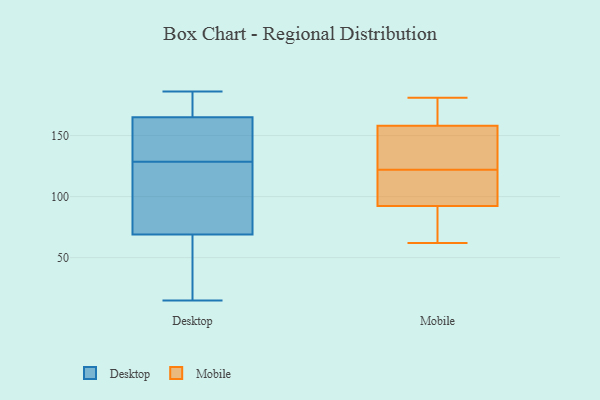
{"axis": {"x": "Page Views", "y": "Value"}, "legend": ["Desktop", "Mobile"], "data": [{"x": "", "y": 46, "type": "Desktop"}, {"x": "", "y": 186, "type": "Desktop"}, {"x": "", "y": 182, "type": "Desktop"}, {"x": "", "y": 114, "type": "Desktop"}, {"x": "", "y": 122, "type": "Desktop"}, {"x": "", "y": 69, "type": "Desktop"}, {"x": "", "y": 180, "type": "Desktop"}, {"x": "", "y": 163, "type": "Desktop"}, {"x": "", "y": 15, "type": "Desktop"}, {"x": "", "y": 127, "type": "Desktop"}, {"x": "", "y": 130, "type": "Desktop"}, {"x": "", "y": 165, "type": "Desktop"}, {"x": "", "y": 116, "type": "Desktop"}, {"x": "", "y": 26, "type": "Desktop"}, {"x": "", "y": 168, "type": "Desktop"}, {"x": "", "y": 157, "type": "Desktop"}, {"x": "", "y": 155, "type": "Desktop"}, {"x": "", "y": 32, "type": "Desktop"}, {"x": "", "y": 104, "type": "Mobile"}, {"x": "", "y": 152, "type": "Mobile"}, {"x": "", "y": 181, "type": "Mobile"}, {"x": "", "y": 62, "type": "Mobile"}, {"x": "", "y": 181, "type": "Mobile"}, {"x": "", "y": 141, "type": "Mobile"}, {"x": "", "y": 122, "type": "Mobile"}, {"x": "", "y": 176, "type": "Mobile"}, {"x": "", "y": 101, "type": "Mobile"}, {"x": "", "y": 131, "type": "Mobile"}, {"x": "", "y": 104, "type": "Mobile"}, {"x": "", "y": 66, "type": "Mobile"}, {"x": "", "y": 63, "type": "Mobile"}]}